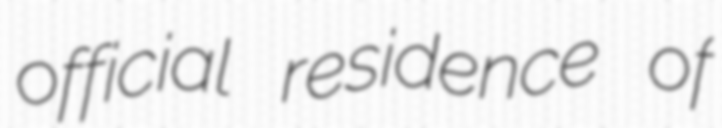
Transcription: official residence of